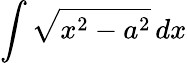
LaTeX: \int{\sqrt{x^{2}-a^{2}}}\, dx